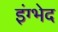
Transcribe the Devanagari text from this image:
इंग्भेद